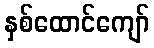
နှစ်ထောင်ကျော်